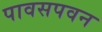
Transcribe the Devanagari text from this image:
पावसपवन